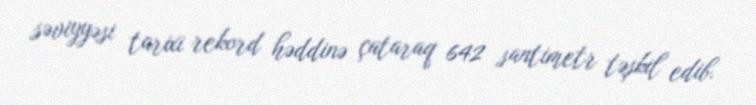
səviyyəsi tarixi rekord həddinə çataraq 642 santimetr təşkil edib.